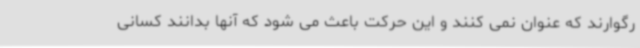
رگوارند که عنوان نمی کنند و این حرکت باعث می شود که آنها بدانند کسانی